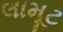
લામૂટ